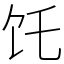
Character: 饦